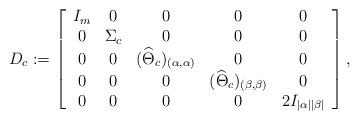
LaTeX: \begin{align*} D_c:=\left [\begin{array}{ccccc}I_{m} & 0 & 0 & 0 &0\\0 & \Sigma_c & 0 & 0 &0\\0 & 0 &({\widehat \Theta_c})_{(\alpha,\alpha)} & 0 & 0\\0 & 0& 0& ({\widehat \Theta_c})_{(\beta,\beta)} &0 \\ 0 & 0 & 0& 0& 2I_{|\alpha||\beta|}\end{array}\right ],\end{align*}%\end{align*}